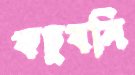
কচুবনি